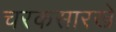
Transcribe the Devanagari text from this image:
चरकसारखे